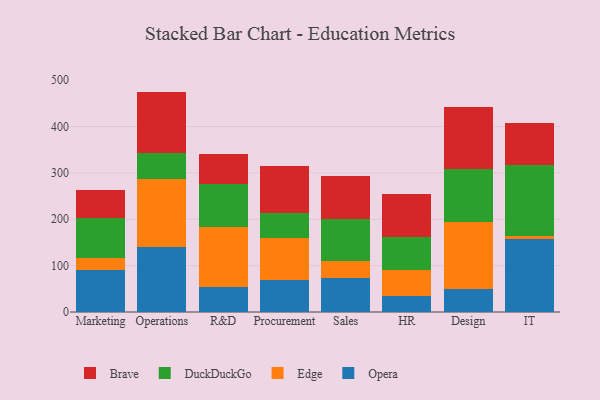
{"axis": {"x": "Department", "y": "Budget (USD K)"}, "legend": ["Brave", "DuckDuckGo", "Edge", "Opera"], "data": [{"x": "Marketing", "y": 90.3, "type": "Opera"}, {"x": "Marketing", "y": 26.7, "type": "Edge"}, {"x": "Marketing", "y": 86.1, "type": "DuckDuckGo"}, {"x": "Marketing", "y": 59.9, "type": "Brave"}, {"x": "Operations", "y": 140.4, "type": "Opera"}, {"x": "Operations", "y": 145.6, "type": "Edge"}, {"x": "Operations", "y": 57.2, "type": "DuckDuckGo"}, {"x": "Operations", "y": 132.0, "type": "Brave"}, {"x": "R&D", "y": 53.3, "type": "Opera"}, {"x": "R&D", "y": 130.0, "type": "Edge"}, {"x": "R&D", "y": 92.0, "type": "DuckDuckGo"}, {"x": "R&D", "y": 64.7, "type": "Brave"}, {"x": "Procurement", "y": 68.0, "type": "Opera"}, {"x": "Procurement", "y": 91.8, "type": "Edge"}, {"x": "Procurement", "y": 54.0, "type": "DuckDuckGo"}, {"x": "Procurement", "y": 101.4, "type": "Brave"}, {"x": "Sales", "y": 73.4, "type": "Opera"}, {"x": "Sales", "y": 37.3, "type": "Edge"}, {"x": "Sales", "y": 89.7, "type": "DuckDuckGo"}, {"x": "Sales", "y": 93.4, "type": "Brave"}, {"x": "HR", "y": 34.4, "type": "Opera"}, {"x": "HR", "y": 57.1, "type": "Edge"}, {"x": "HR", "y": 71.2, "type": "DuckDuckGo"}, {"x": "HR", "y": 91.7, "type": "Brave"}, {"x": "Design", "y": 49.7, "type": "Opera"}, {"x": "Design", "y": 145.3, "type": "Edge"}, {"x": "Design", "y": 112.4, "type": "DuckDuckGo"}, {"x": "Design", "y": 135.2, "type": "Brave"}, {"x": "IT", "y": 157.3, "type": "Opera"}, {"x": "IT", "y": 7.4, "type": "Edge"}, {"x": "IT", "y": 151.3, "type": "DuckDuckGo"}, {"x": "IT", "y": 91.0, "type": "Brave"}]}